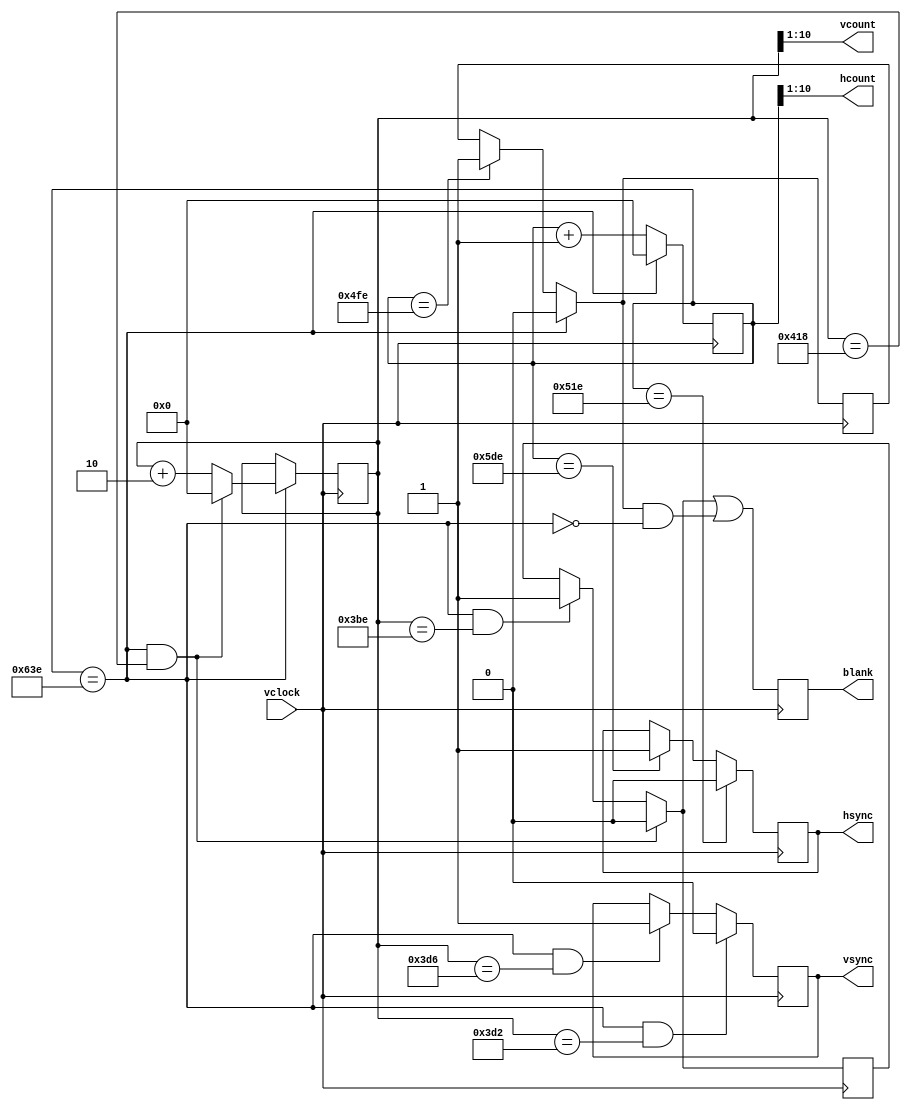
`timescale 1ns / 1ps
//////////////////////////////////////////////////////////////////////////////////
// Company: 
// Engineer: 
// 
// Design Name: 
// Module Name:    vga_drive 
// Project Name: 
// Target Devices: 
// Tool versions: 
// Description: 
//
// Dependencies: 
//
// Revision: 
// Revision 0.01 - File Created
// Additional Comments: 
//
//////////////////////////////////////////////////////////////////////////////////
//taken from 6.111 lab and altered for lower resolution
//need to make this double the vclock
module vga_drive(
				input vclock, //twice the pixel clock
            output wire [9:0] hcount,    // pixel number on current line
            output wire [9:0] vcount,	 // line number
            output reg vsync = 0,
				output reg hsync = 0,
				output reg blank = 0
				);

   // horizontal: 800 pixels total
   // display 640 pixels per line
   reg hblank = 0;
	reg vblank = 0;
	reg [10:0] vcount_d = 0;
	reg [10:0] hcount_d = 0;
	assign vcount = vcount_d[10:1];
	assign hcount = hcount_d[10:1];
	
	
   wire hsyncon,hsyncoff,hreset,hblankon;
	
   assign hblankon = (hcount_d == (639*2)); //blank after display width    
   assign hsyncon = (hcount_d == (655*2)); // active video + front porch
   assign hsyncoff = (hcount_d == (751*2)); //active video + front portch + sync
   assign hreset = (hcount_d == (799*2)); //plus back porch

   // vertical: 806 lines total
   // display 480 lines
   wire vsyncon,vsyncoff,vreset,vblankon;
   assign vblankon = hreset & (vcount_d == (479*2));    
   assign vsyncon = hreset & (vcount_d == (489*2));
   assign vsyncoff = hreset & (vcount_d == (491*2));
   assign vreset = hreset & (vcount_d == (524*2));

   // sync and blanking
   wire next_hblank,next_vblank;
   assign next_hblank = hreset ? 0 : hblankon ? 1 : hblank;
   assign next_vblank = vreset ? 0 : vblankon ? 1 : vblank;
   always @(posedge vclock) begin
      hcount_d <= hreset ? 0 : hcount_d + 1;
      hblank <= next_hblank;
      hsync <= hsyncon ? 0 : hsyncoff ? 1 : hsync;  // active low

      vcount_d <= hreset ? (vreset ? 0 : vcount_d + 2) : vcount_d;
      vblank <= next_vblank;
      vsync <= vsyncon ? 0 : vsyncoff ? 1 : vsync;  // active low

      blank <= next_vblank | (next_hblank & ~hreset);
   end
endmodule